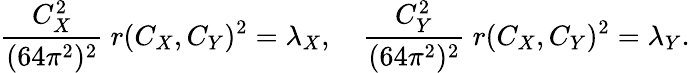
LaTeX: {\frac{C_{X}^{2}}{(64\pi^{2})^{2}}}\ r(C_{X},C_{Y})^{2}=\lambda_{X},\quad{\frac{C_{Y}^{2}}{(64\pi^{2})^{2}}}\ r(C_{X},C_{Y})^{2}=\lambda_{Y}.